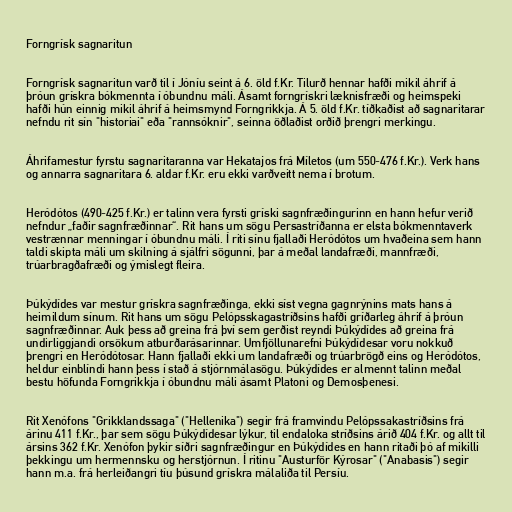
Forngrísk sagnaritun

Forngrísk sagnaritun varð til í Jóníu seint á 6. öld f.Kr. Tilurð hennar hafði mikil áhrif á
þróun grískra bókmennta í óbundnu máli. Ásamt forngrískri læknisfræði og heimspeki
hafði hún einnig mikil áhrif á heimsmynd Forngrikkja. Á 5. öld f.Kr. tíðkaðist að sagnaritarar
nefndu rit sín "historiai" eða "rannsóknir", seinna öðlaðist orðið þrengri merkingu.

Áhrifamestur fyrstu sagnaritaranna var Hekatajos frá Míletos (um 550-476 f.Kr.). Verk hans
og annarra sagnaritara 6. aldar f.Kr. eru ekki varðveitt nema í brotum.

Heródótos (490-425 f.Kr.) er talinn vera fyrsti gríski sagnfræðingurinn en hann hefur verið
nefndur „faðir sagnfræðinnar“. Rit hans um sögu Persastríðanna er elsta bókmenntaverk
vestrænnar menningar í óbundnu máli. Í riti sínu fjallaði Heródótos um hvaðeina sem hann
taldi skipta máli um skilning á sjálfri sögunni, þar á meðal landafræði, mannfræði,
trúarbragðafræði og ýmislegt fleira.

Þúkýdídes var mestur grískra sagnfræðinga, ekki síst vegna gagnrýnins mats hans á
heimildum sínum. Rit hans um sögu Pelópsskagastríðsins hafði gríðarleg áhrif á þróun
sagnfræðinnar. Auk þess að greina frá því sem gerðist reyndi Þúkýdídes að greina frá
undirliggjandi orsökum atburðarásarinnar. Umfjöllunarefni Þúkýdídesar voru nokkuð
þrengri en Heródótosar. Hann fjallaði ekki um landafræði og trúarbrögð eins og Heródótos,
heldur einblíndi hann þess í stað á stjórnmálasögu. Þúkýdídes er almennt talinn meðal
bestu höfunda Forngrikkja í óbundnu máli ásamt Platoni og Demosþenesi.

Rit Xenófons "Grikklandssaga" ("Hellenika") segir frá framvindu Pelópssakastríðsins frá
árinu 411 f.Kr., þar sem sögu Þúkýdídesar lýkur, til endaloka stríðsins árið 404 f.Kr. og allt til
ársins 362 f.Kr. Xenófon þykir síðri sagnfræðingur en Þúkýdídes en hann ritaði þó af mikilli
þekkingu um hermennsku og herstjórnun. Í ritinu "Austurför Kýrosar" ("Anabasis") segir
hann m.a. frá herleiðangri tíu þúsund grískra málaliða til Persíu.